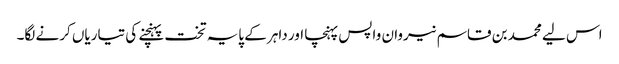
اس لیے محمد بن قاسم نیروان واپس پہنچا اور داہر کے پایہ تخت پہنچنے کی تیاریاں کرنے لگا۔